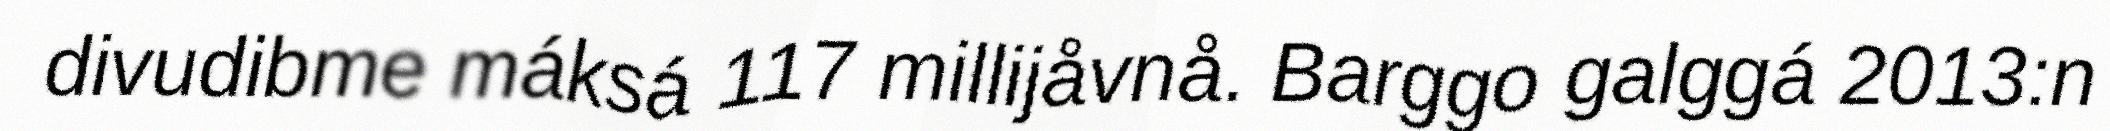
divudibme máksá 117 millijåvnå. Barggo galggá 2013:n